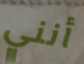
أنني